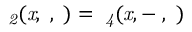
{ \it \Psi _ { 2 } ( x , \alpha , \tau ) = \Psi _ { 4 } ( x , - \alpha , \tau ) }